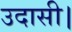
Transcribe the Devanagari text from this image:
उदासी।